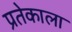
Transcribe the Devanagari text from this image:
प्रतेकाला